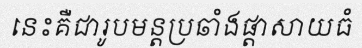
នេះគឺជារូបមន្តប្រឆាំងផ្តាសាយធំ